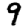
Digit: 9